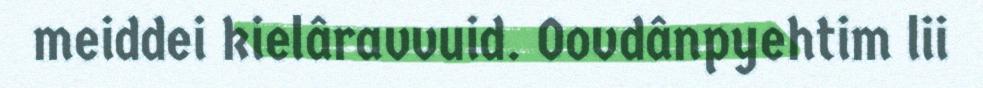
meiddei kielâravvuid. Oovdânpyehtim lii